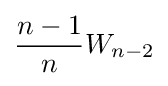
{\frac {n-1}{n}}W_{n-2}